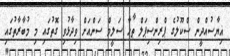
ޣިޔާސުއްދީން ސްކޫލުގެ ޕްރިންސިޕަލް ޠާހާ ސަލީމް ސަންއަށް ވިދާޅުވި ގޮތުގައި މި މުބާރާތުގައި